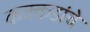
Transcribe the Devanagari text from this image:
कक्कडांचे